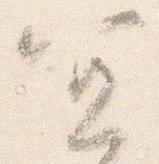
宜